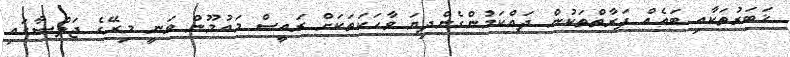
ޚަބަރުތަކާއި ބައެއް ފަރާތްތަކުން ދައްކަމުންގެންދިޔަ ވާހަކަތަކަށް ރައީސް މައުމޫން ވަނީ މިރޭގެ ޖަލްސާގައި